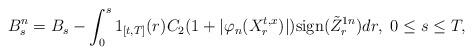
LaTeX: \begin{align*}B^n_s= B_s- \int_0^s 1_{[t,T]}(r)C_2(1+|\varphi_n(X_r^{t,x})|)\mbox{sign}(\tilde{Z}_r^{1n})dr,\,\, 0\leq s\leq T,\end{align*}